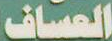
العساف